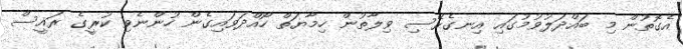
އެގޮތުން މި ބައްދަލުވުމުގައި އިނގެރޭސި ވިލާތުން ހިމާޔަތް ހޯއްދަވައިގެން ހުންނެވި ކުރީގެ ރައީސް